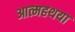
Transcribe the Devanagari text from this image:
आत्महथया